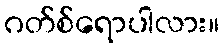
ဂတ်စ်ရောပါလား။